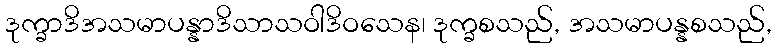
ဒုက္ခာဒိအသမာပန္နာဒိသာသဝါဒိဝသေန၊ ဒုက္ခစသည်, အသမာပန္နစသည်,